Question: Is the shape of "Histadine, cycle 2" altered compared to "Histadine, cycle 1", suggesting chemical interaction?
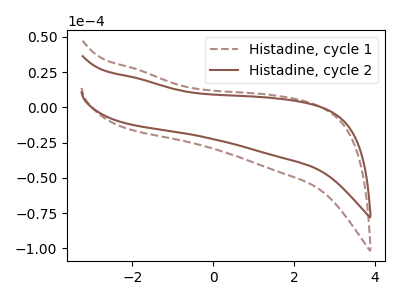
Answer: <think>The brown dashed curve "Histadine, cycle 1" has no peaks. The brown curve "Histadine, cycle 2" has no peaks.
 Neither "Histadine, cycle 2" or "Histadine, cycle 1" have any peaks.</think>
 <answer>No, "Histadine, cycle 2" and "Histadine, cycle 1" don't appear to be significantly different in shape</answer>
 <eval>no_change</eval>